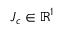
J _ { c } \in \mathbb { R } ^ { 1 }